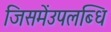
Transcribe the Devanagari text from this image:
जिसमेंउपलब्धि